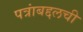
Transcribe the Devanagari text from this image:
पत्रांबद्दलची